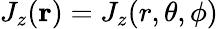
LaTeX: J_{z}(\mathbf{r})=J_{z}(r,\theta,\phi)